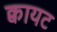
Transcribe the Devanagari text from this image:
क्वायट